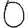
Digit: 0